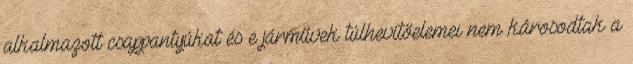
alkalmazott csappantyúkat és e járművek túlhevítőelemei nem károsodtak a